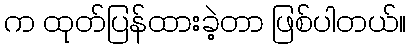
က ထုတ်ပြန်ထားခဲ့တာ ဖြစ်ပါတယ်။